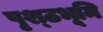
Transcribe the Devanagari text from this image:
पृश्ठभूमि